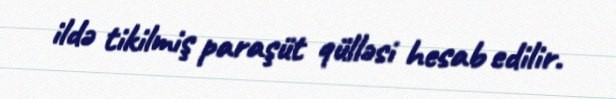
ildə tikilmiş paraşüt qülləsi hesab edilir.